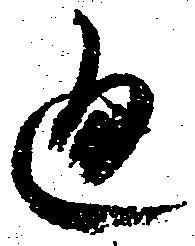
通